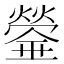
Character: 𤐻